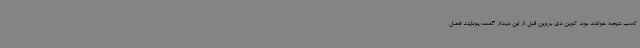
کسب نتیجه خواهد بود. کوین دی بروین قبل از این دیدار گفت: یونایتد فصل